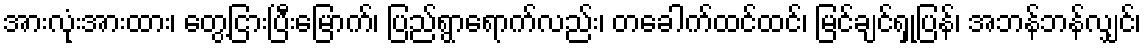
အားလုံးအားထား၊ တွေ့ငြားပြီးမြောက်၊ ပြည်ရွာရောက်လည်း၊ တခေါက်ထင်ထင်၊ မြင်ချင်ရှုပြန်၊ အဘန်ဘန်လျှင်၊